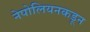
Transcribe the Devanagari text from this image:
नेपोलियनकडून